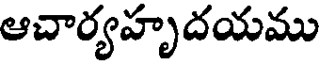
ఆచార్యహృదయము